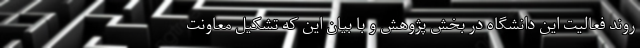
روند فعالیت این دانشگاه در بخش پژوهش و با بیان این که تشکیل معاونت